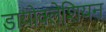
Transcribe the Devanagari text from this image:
डायोक्लेशियन